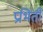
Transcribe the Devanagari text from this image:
प्रभिर्ती